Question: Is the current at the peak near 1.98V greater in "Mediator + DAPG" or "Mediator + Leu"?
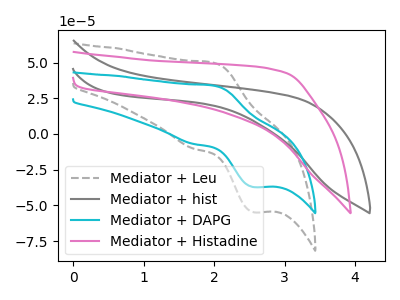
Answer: <think>The gray dashed curve "Mediator + Leu" has an anodic peak at (2.00V, 49.95uA) and a cathodic peak at (2.55V, -54.75uA). The gray curve "Mediator + hist" has no peaks. The cyan curve "Mediator + DAPG" has an anodic peak at (2.00V, 33.90uA) and a cathodic peak at (2.55V, -37.15uA). The pink curve "Mediator + Histadine" has no peaks.</think>
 <answer>The peak at 1.98V is lower in "Mediator + DAPG" than in "Mediator + Leu".</answer>
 <eval>lower</eval>